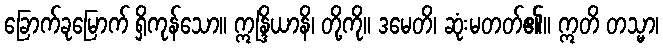
ခြောက်ခုမြောက် ရှိကုန်သော။ ဣန္ဒြိယာနိ၊ တို့ကို။ ဒမေတိ၊ ဆုံးမတတ်၏။ ဣတိ တသ္မာ၊